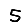
Digit: 5